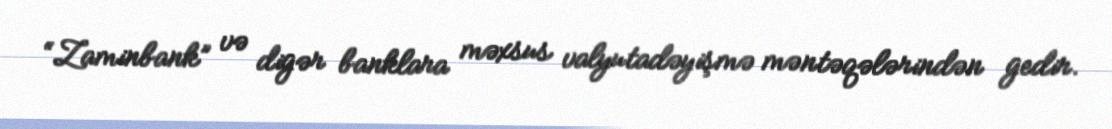
“Zaminbank” və digər banklara məxsus valyutadəyişmə məntəqələrindən gedir.